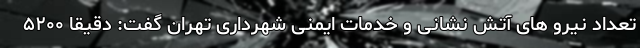
تعداد نیرو های آتش نشانی و خدمات ایمنی شهرداری تهران گفت: دقیقا ۵٢٠٠